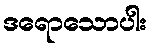
ဒရောသောပါး